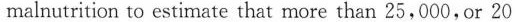
malnutrition to estimate that more than 25,000, or 20